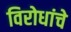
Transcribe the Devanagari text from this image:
विरोधांचे